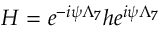
H = e ^ { - i \psi \Lambda _ { 7 } } h e ^ { i \psi \Lambda _ { 7 } }